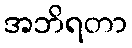
အဘိရတာ